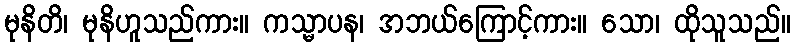
မုနိတိ၊ မုနိဟူသည်ကား။ ကသ္မာပန၊ အဘယ်ကြောင့်ကား။ သော၊ ထိုသူသည်။